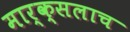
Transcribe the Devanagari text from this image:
मार्क्‍सलाच